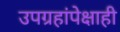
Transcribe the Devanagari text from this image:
उपग्रहांपेक्षाही